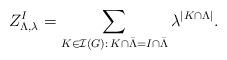
LaTeX: \begin{align*} Z_{\Lambda,\lambda}^I = \sum_{K \in {\mathcal I}(G):\,K \cap \bar{\Lambda} = I \cap \bar{\Lambda}} \lambda^{|K \cap \Lambda|}. \end{align*}